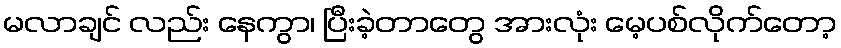
မလာချင် လည်း နေကွာ၊ ပြီးခဲ့တာတွေ အားလုံး မေ့ပစ်လိုက်တော့